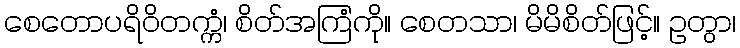
စေတောပရိဝိတက္ကံ၊ စိတ်အကြံကို။ စေတသာ၊ မိမိစိတ်ဖြင့်။ ဥတွာ၊